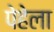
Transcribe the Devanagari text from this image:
पेहेला